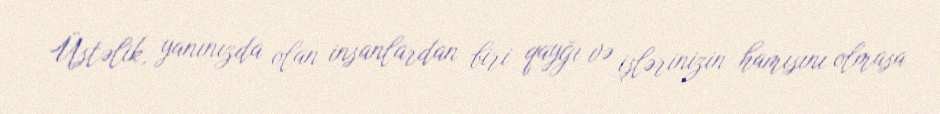
Üstəlik, yanınızda olan insanlardan biri qayğı və işlərinizin hamısını olmasa